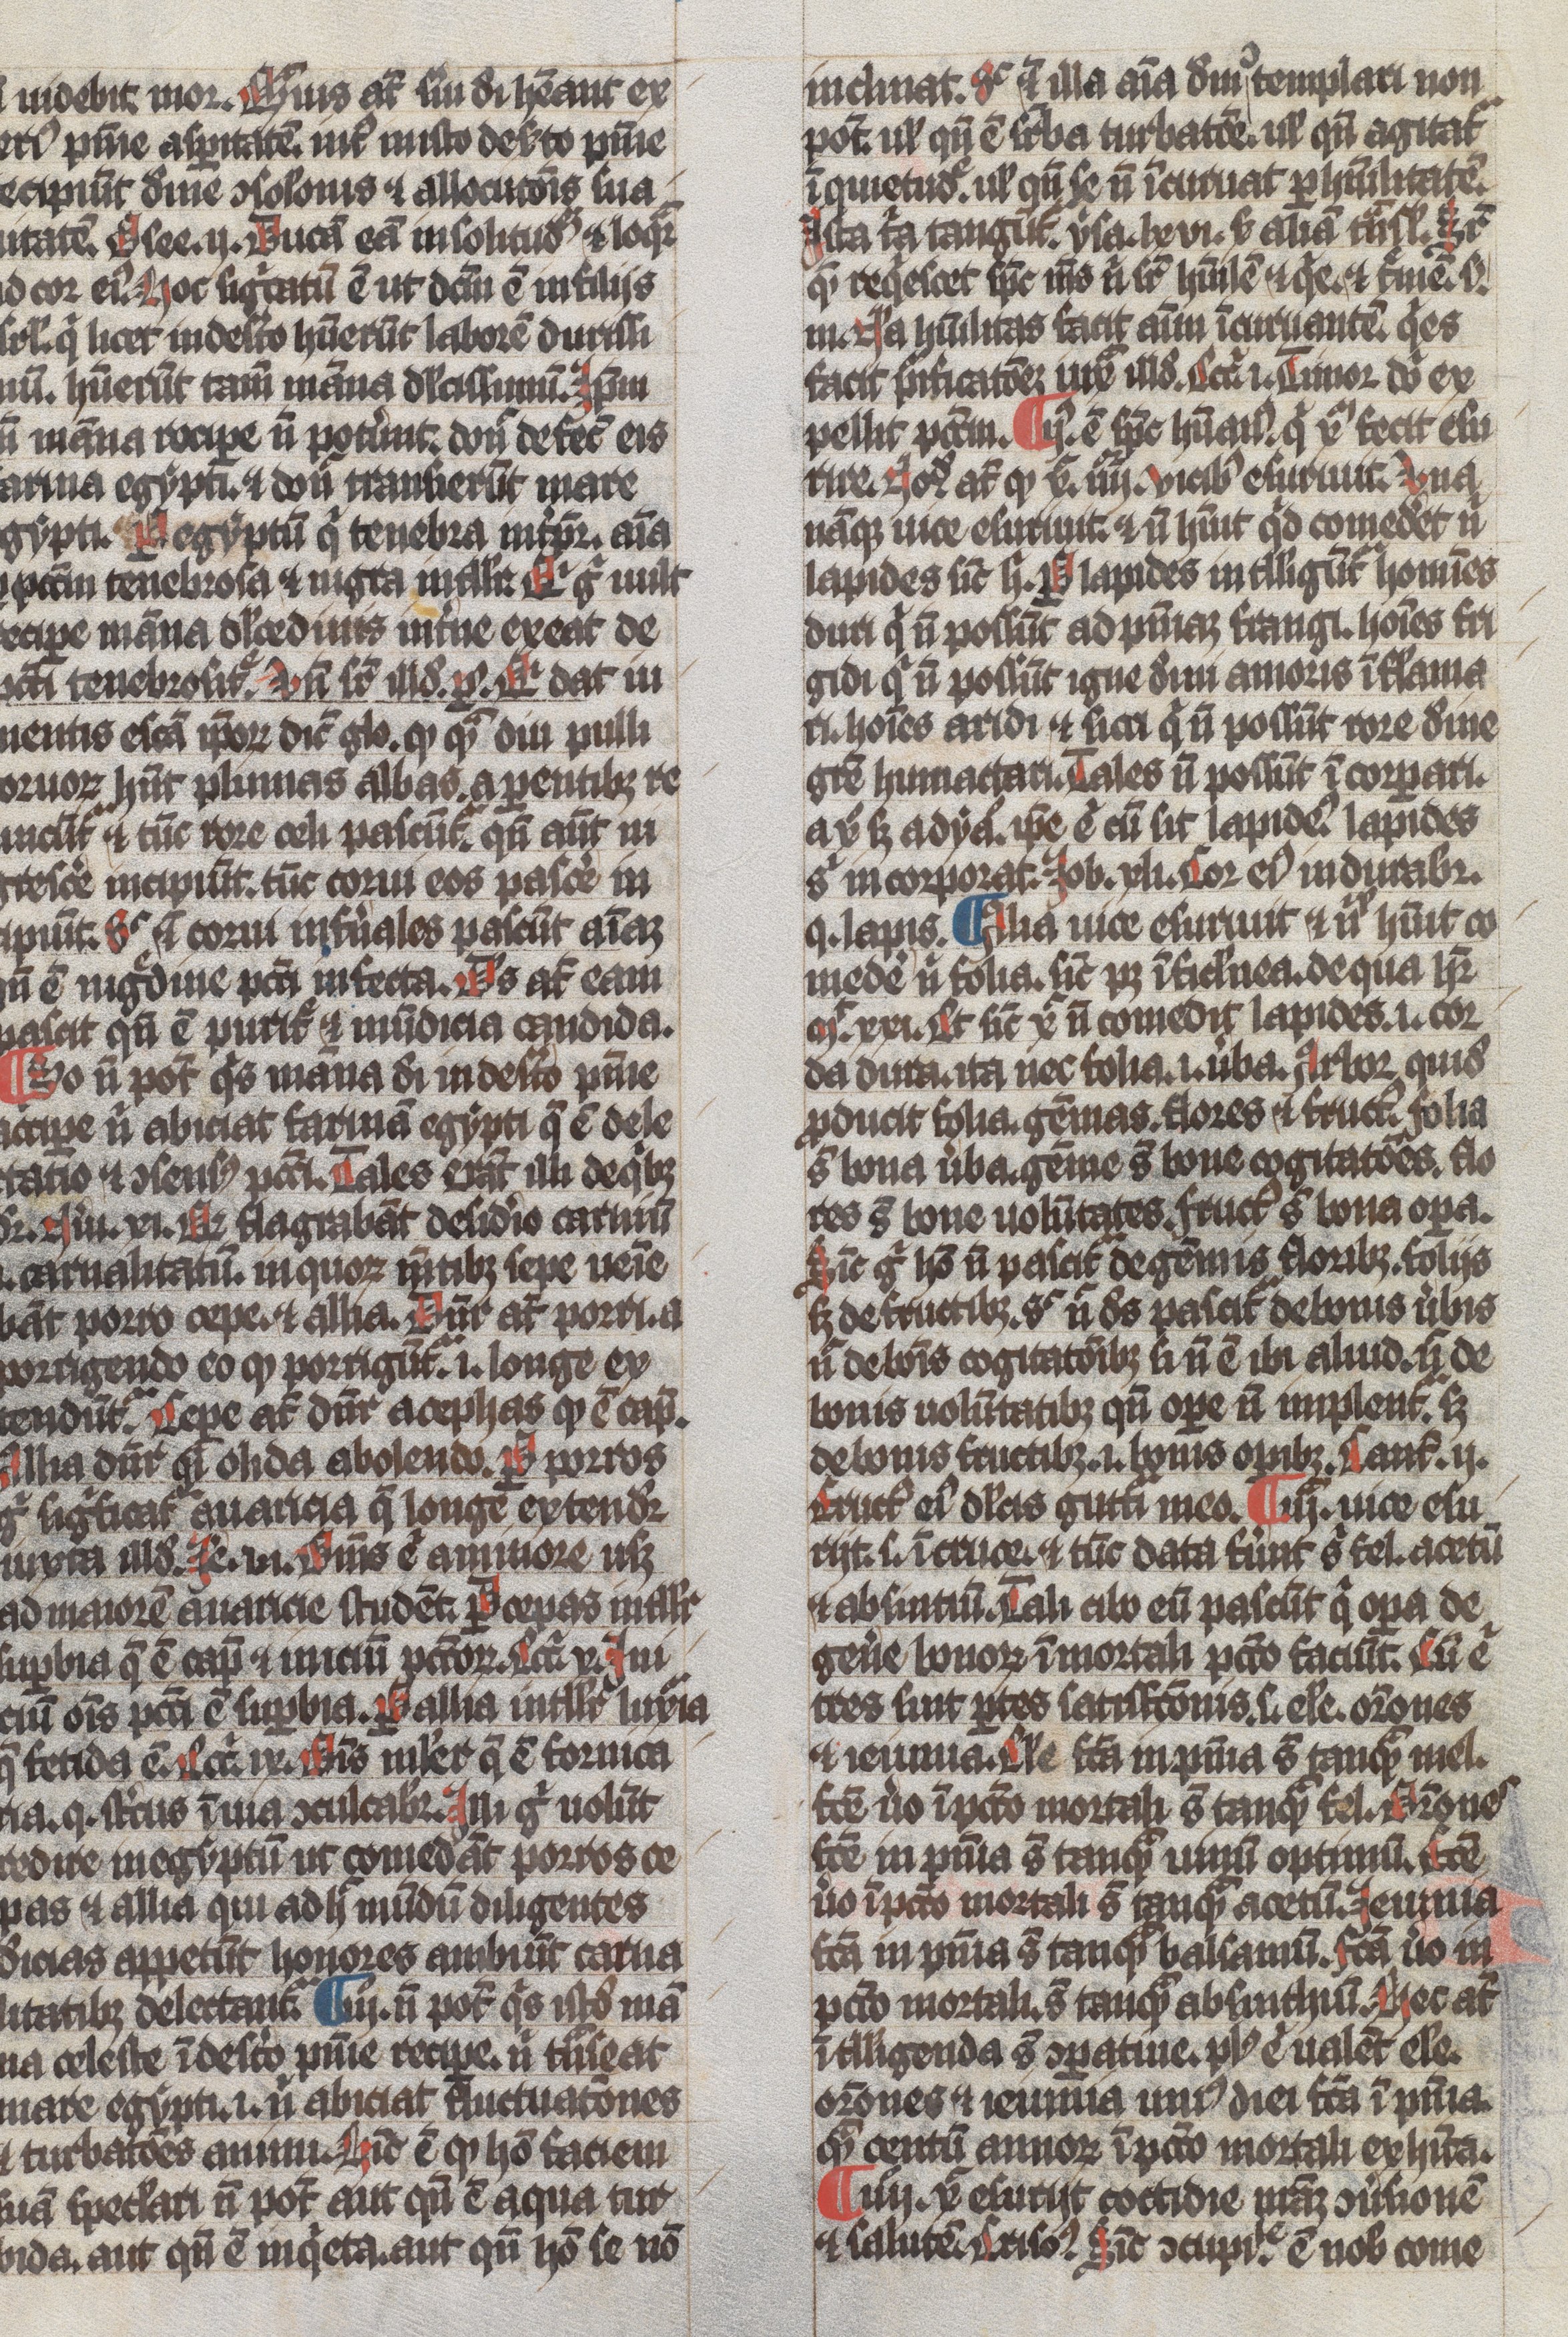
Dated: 1300–1349